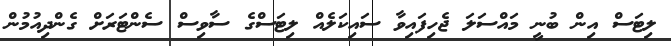
ލިޓަސް އިން ބުނީ މައްސަލަ ޖެހިފައިވާ ސައިކަލެއް ލިޓަސްގެ ސާވިސް ސެންޓަރަށް ގެންދިއުމުން